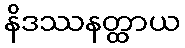
နိဒဿနတ္ထာယ